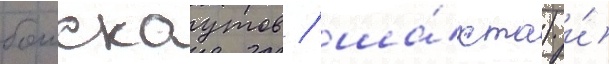
боискаутов / ша́хта) и́